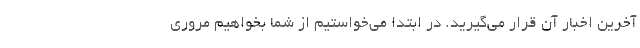
آخرین اخبار آن قرار می‌گیرید. در ابتدا می‌خواستیم از شما بخواهیم مروری